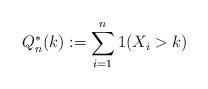
LaTeX: \begin{align*}Q_n^*(k):= \sum_{i=1}^n 1 (X_i > k )\end{align*}